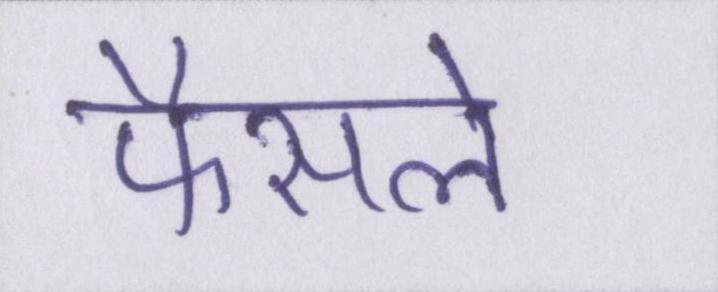
फैसले